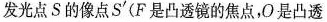
发光点S的像点S'(F是凸透镜的焦点，O是凸透